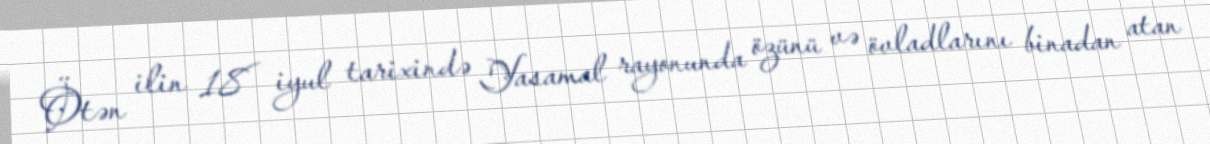
Ötən ilin 18 iyul tarixində Yasamal rayonunda özünü və övladlarını binadan atan